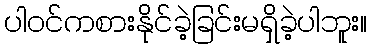
ပါဝင်ကစားနိုင်ခဲ့ခြင်းမရှိခဲ့ပါဘူး။